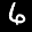
Label: 6